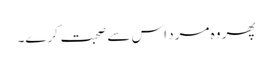
پھر وہ مرد اس سے صحبت کرے۔